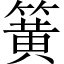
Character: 簧